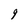
Character: 9